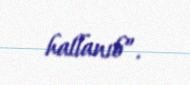
hallanıb”.